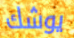
يوشك